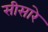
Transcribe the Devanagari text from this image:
सीसारे